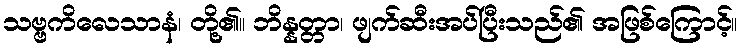
သဗ္ဗကိလေသာနံ၊ တို့၏။ ဘိန္နတ္တာ၊ ဖျက်ဆီးအပ်ပြီးသည်၏ အဖြစ်ကြောင့်။